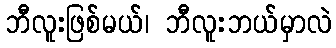
ဘီလူးဖြစ်မယ်၊ ဘီလူးဘယ်မှာလဲ